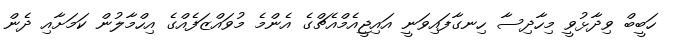
ހަބީބް ވިދާޅުވީ މިހާދިސާ ހިނގާފައިވަނީ އައިޖީއެމްއެޗްގެ އެންމެ މުވައްޒަފެއްގެ އިހްމާލުން ކަމަށާއި ދެން